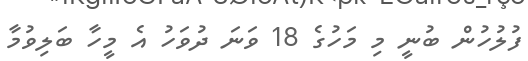
ފުލުހުން ބުނީ މި މަހުގެ 18 ވަނަ ދުވަހު އެ މީހާ ބަލިވުމާ